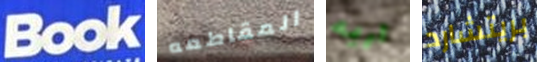
Book المقاطعه اريه بريتشارد